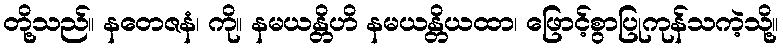
တို့သည်။ နတေဇနံ၊ ကို။ နမယန္တိဟိ နမယန္တိယထာ၊ ဖြောင့်စွာပြုကုန်သကဲ့သို့။